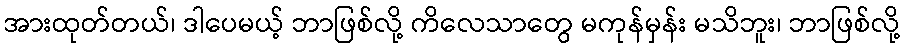
အားထုတ်တယ်၊ ဒါပေမယ့် ဘာဖြစ်လို့ ကိလေသာတွေ မကုန်မှန်း မသိဘူး၊ ဘာဖြစ်လို့